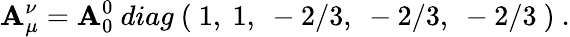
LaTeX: \mathbf{A}_{\mu}^{\nu}=\mathbf{A}_{0}^{0}\ diag\ (\ 1,\ 1,\ -2/3,\ -2/3,\ -2/3\ )\ .